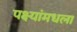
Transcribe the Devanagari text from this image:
पक्ष्यांमधला